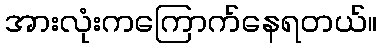
အားလုံးကကြောက်နေရတယ်။